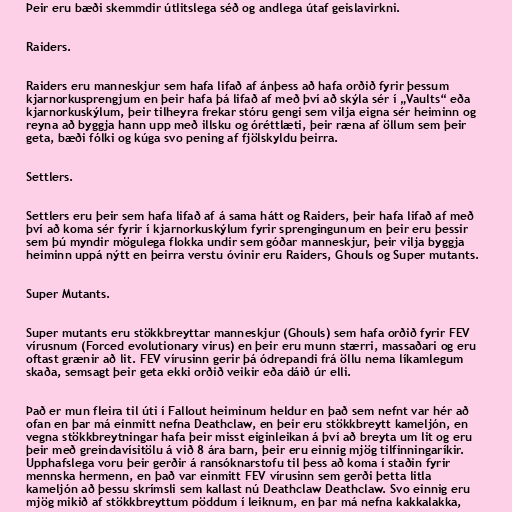
Þeir eru bæði skemmdir útlitslega séð og andlega útaf geislavirkni.

Raiders.

Raiders eru manneskjur sem hafa lifað af ánþess að hafa orðið fyrir þessum
kjarnorkusprengjum en þeir hafa þá lifað af með því að skýla sér í „Vaults“ eða
kjarnorkuskýlum, þeir tilheyra frekar stóru gengi sem vilja eigna sér heiminn og
reyna að byggja hann upp með illsku og óréttlæti, þeir ræna af öllum sem þeir
geta, bæði fólki og kúga svo pening af fjölskyldu þeirra.

Settlers.

Settlers eru þeir sem hafa lifað af á sama hátt og Raiders, þeir hafa lifað af með
því að koma sér fyrir í kjarnorkuskýlum fyrir sprengingunum en þeir eru þessir
sem þú myndir mögulega flokka undir sem góðar manneskjur, þeir vilja byggja
heiminn uppá nýtt en þeirra verstu óvinir eru Raiders, Ghouls og Super mutants.

Super Mutants.

Super mutants eru stökkbreyttar manneskjur (Ghouls) sem hafa orðið fyrir FEV
vírusnum (Forced evolutionary virus) en þeir eru munn stærri, massaðari og eru
oftast grænir að lit. FEV vírusinn gerir þá ódrepandi frá öllu nema líkamlegum
skaða, semsagt þeir geta ekki orðið veikir eða dáið úr elli.

Það er mun fleira til úti í Fallout heiminum heldur en það sem nefnt var hér að
ofan en þar má einmitt nefna Deathclaw, en þeir eru stökkbreytt kameljón, en
vegna stökkbreytningar hafa þeir misst eiginleikan á því að breyta um lit og eru
þeir með greindavísitölu á við 8 ára barn, þeir eru einnig mjög tilfinningaríkir.
Upphafslega voru þeir gerðir á ransóknarstofu til þess að koma í staðin fyrir
mennska hermenn, en það var einmitt FEV vírusinn sem gerði þetta litla
kameljón að þessu skrímsli sem kallast nú Deathclaw Deathclaw. Svo einnig eru
mjög mikið af stökkbreyttum pöddum í leiknum, en þar má nefna kakkalakka,